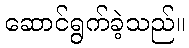
ဆောင်ရွက်ခဲ့သည်။